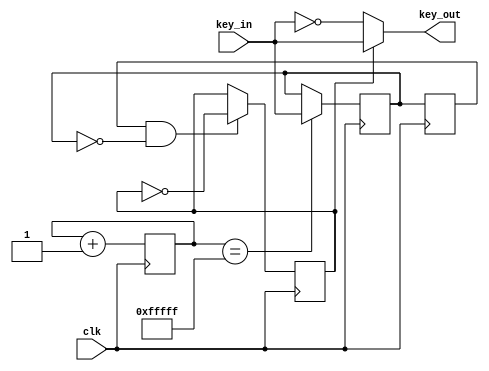
`timescale 1ns / 1ps
//////////////////////////////////////////////////////////////////////////////////
// Company: 
// Engineer: 
// 
// Design Name: 
// Module Name:    key_anti_shake 
// Project Name: 
// Target Devices: 
// Tool versions: 
// Description: 
//
// Dependencies: 
//
// Revision: 
// Revision 0.01 - File Created
// Additional Comments: 
//
//////////////////////////////////////////////////////////////////////////////////
module key_anti_shake(
	input clk,
	input key_in,
	output key_out
    );
	 reg [19:0] cnt;
	 reg low_sw;
	 reg low_sw_r;
	 reg d1;
	 
	 always @(posedge clk)
	 begin	
		cnt<=cnt+1'b1;
	 end
	 
	 always @(posedge clk)
	 if(cnt==20'hfffff)
		low_sw <= key_in;
	
	 always @(posedge clk)
		low_sw_r <= low_sw;
		
	 wire button_ctrl = low_sw_r & (~low_sw);
	 
	 always@(posedge clk)
	 if(button_ctrl) d1<= ~d1;

	 assign key_out =d1? key_in : ~key_in;
		
endmodule